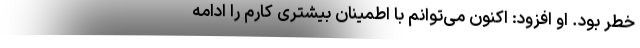
خطر بود. او افزود: اکنون می‌توانم با اطمینان بیشتری کارم را ادامه